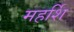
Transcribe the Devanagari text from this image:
महर्शि